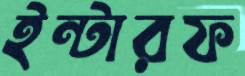
ইন্টারফ